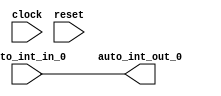
module IntXbar(
  input   clock,
  input   reset,
  input   auto_int_in_0,
  output  auto_int_out_0
);
  assign auto_int_out_0 = auto_int_in_0; // @[Nodes.scala 1210:84 LazyModule.scala 309:16]
endmodule